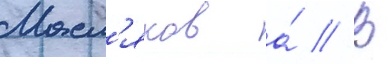
Масл'яков а́ // В